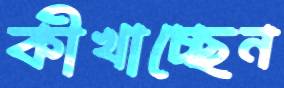
কীখাচ্ছেন